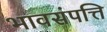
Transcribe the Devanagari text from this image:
भावसंपत्ति